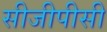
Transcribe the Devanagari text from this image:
सीजीपीसी